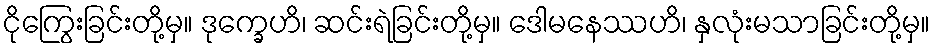
ငိုကြွေးခြင်းတို့မှ။ ဒုက္ခေဟိ၊ ဆင်းရဲခြင်းတို့မှ။ ဒေါမနေဿဟိ၊ နှလုံးမသာခြင်းတို့မှ။